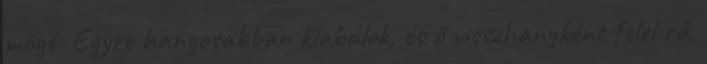
mögé. Egyre hangosabban kiabálok, és ő visszhangként felel rá,